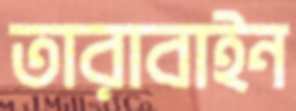
তারাবাইন